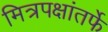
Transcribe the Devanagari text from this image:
मित्रपक्षांतर्फे